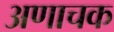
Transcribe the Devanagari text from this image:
अणाचक